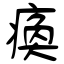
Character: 瘓